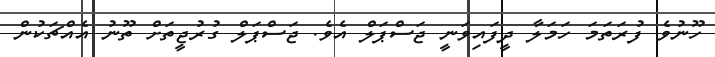
ހޫނުވެ ފުރަތަމަ ހަމަލާ ދީފައިވަނީ ޖަސްޕަލް އެވެ. ޖަސްޕަލް ގުރުޖީތަށް ތޫނު އެއްޗަކުން